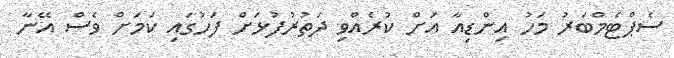
ސެޕްޓެމްބަރު މަހު އިންޑިއާ އަށް ކުރެއްވި ދަތުރުފުޅަށް ފަހުގައި ކަމަށް ވެސް އޭނާ